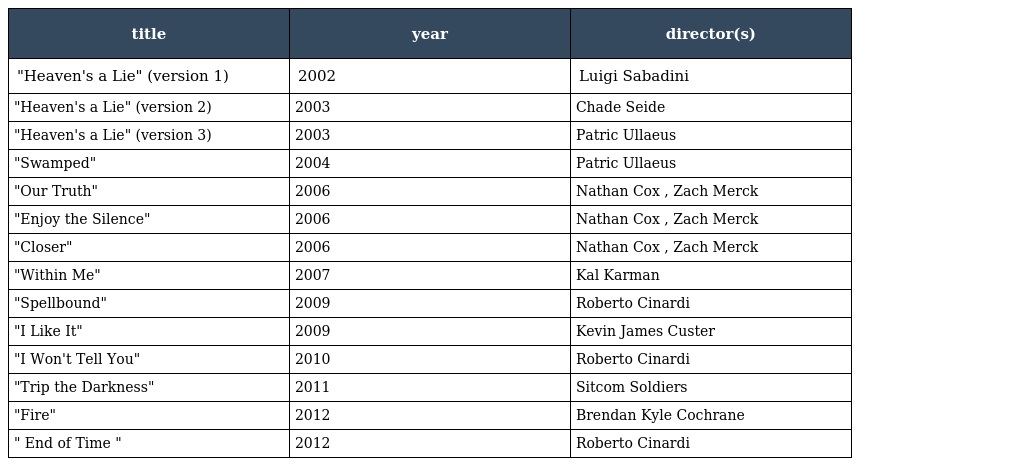
| title | year | director(s) |
 | --- | --- | --- |
 | "Heaven's a Lie" (version 1) | 2002 | Luigi Sabadini |
 | "Heaven's a Lie" (version 2) | 2003 | Chade Seide |
 | "Heaven's a Lie" (version 3) | 2003 | Patric Ullaeus |
 | "Swamped" | 2004 | Patric Ullaeus |
 | "Our Truth" | 2006 | Nathan Cox , Zach Merck |
 | "Enjoy the Silence" | 2006 | Nathan Cox , Zach Merck |
 | "Closer" | 2006 | Nathan Cox , Zach Merck |
 | "Within Me" | 2007 | Kal Karman |
 | "Spellbound" | 2009 | Roberto Cinardi |
 | "I Like It" | 2009 | Kevin James Custer |
 | "I Won't Tell You" | 2010 | Roberto Cinardi |
 | "Trip the Darkness" | 2011 | Sitcom Soldiers |
 | "Fire" | 2012 | Brendan Kyle Cochrane |
 | " End of Time " | 2012 | Roberto Cinardi |